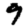
Digit: 9